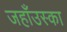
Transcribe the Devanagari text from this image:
जहाँउस्का